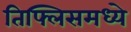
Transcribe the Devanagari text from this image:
तिफ्लिसमध्ये